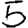
Digit: 5